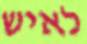
לאיש